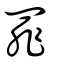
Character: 罪